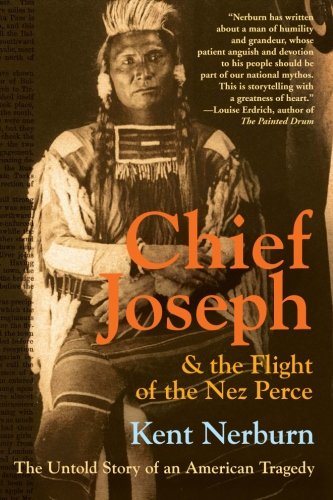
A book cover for Chief Joseph & the Flight of the Nez Perce: The Untold Story of an American Tragedy; Kent Nerburn; History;